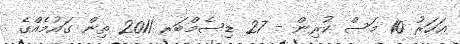
އަހަރު 10 މަސް ކުރިން - 27 ޑިސެމްބަރ 2011 ތިން ގައުމެއްގެ